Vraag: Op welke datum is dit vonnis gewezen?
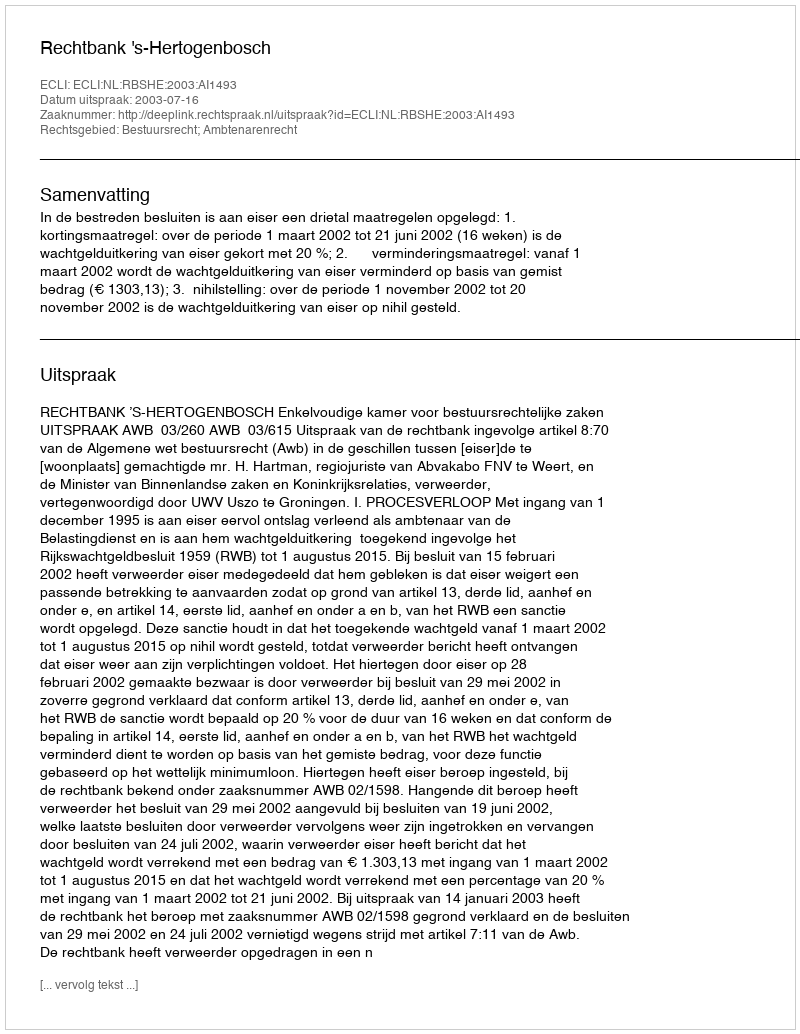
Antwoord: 2003-07-16